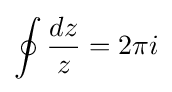
\oint {\frac {dz}{z}}=2\pi i